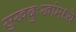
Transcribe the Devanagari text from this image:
सुखदुःखांमध्ये